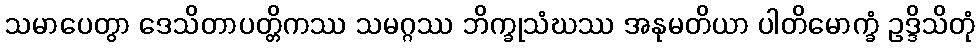
သမာပေတွာ ဒေသိတာပတ္တိကဿ သမဂ္ဂဿ ဘိက္ခုသံဃဿ အနုမတိယာ ပါတိမောက္ခံ ဥဒ္ဒိသိတုံ